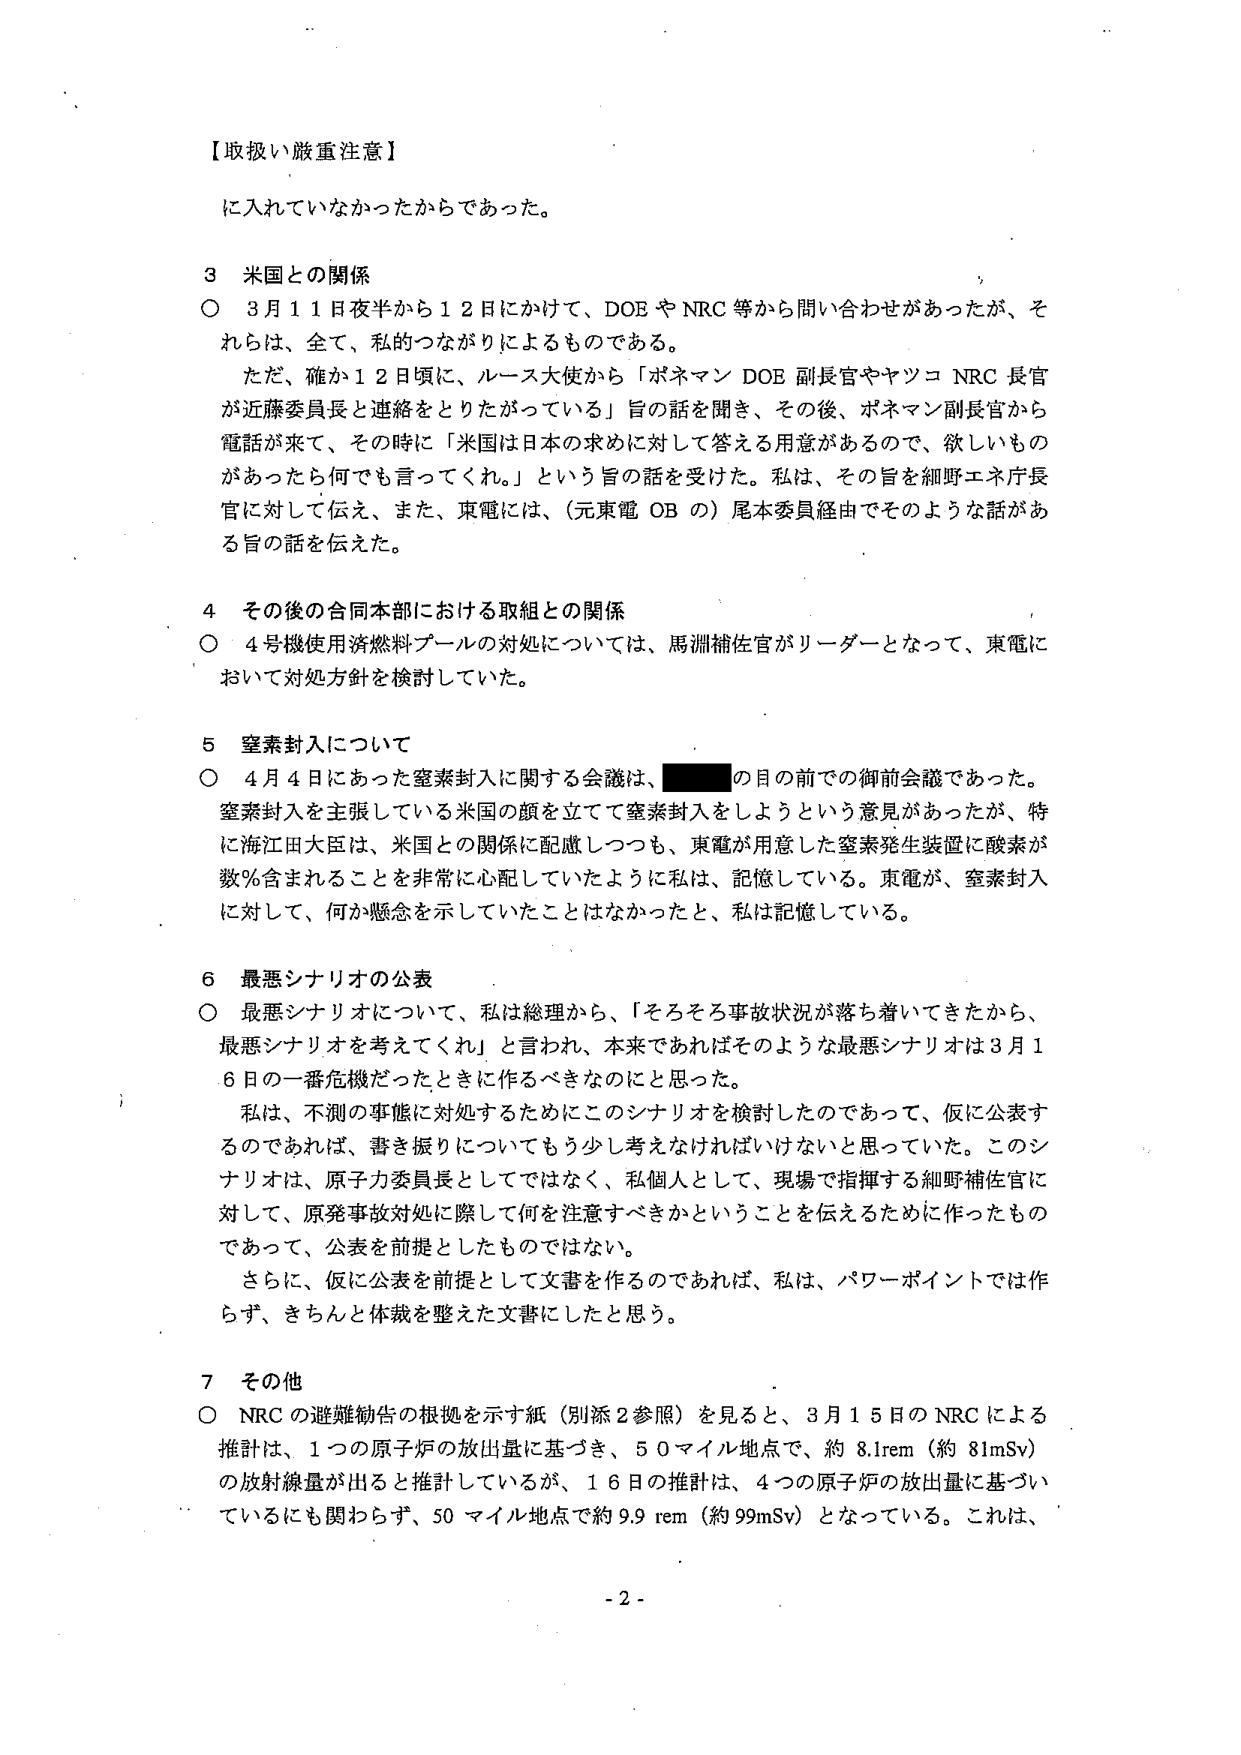
【取扱い厳重注意】

に入れていないかったからであった。

3 米国との関係
○ 3月11日夜半から12日にかけて、DOEやNRC等から問い合わせがあったが、それらは、全て、私的つながりによるものである。
　ただ、確か12日頃に、ルース大使から「ボネマン DOE 副長官やヤツコ NRC 長官が近藤委員長と連絡をとりたがっている」旨の話を聞き、その後、ボネマン副長官から電話が来て、その時に「米国は日本の求めに対して答える用意があるので、欲しいものがあったら何でも言ってくれ。」という旨の話を受けた。私は、その旨を細野エネ庁長官に対して伝え、また、東電には、（元東電 OB の）尾本委員経由でそのような話がある旨の話を伝えた。

4 その後の合同本部における取組との関係
○ 4号機使用済燃料プールの対処については、馬淵補佐官がリーダーとなって、東電において対処方針を検討していた。

5 窒素封入について
○ 4月4日にあった窒素封入に関する会議は、■■■の目の前での御前会議であった。窒素封入を主張している米国の顔を立てて窒素封入をしようという意見があったが、特に海江田大臣は、米国との関係に配慮しつつも、東電が用意した窒素発生装置に酸素が数％含まれることを非常に心配していたように私は、記憶している。東電が、窒素封入に対して、何か懸念を示していたことはなかったと、私は記憶している。

6 最悪シナリオの公表
○ 最悪シナリオについて、私は総理から、「そろそろ事故状況が落ち着いてきたから、最悪シナリオを考えてくれ」と言われ、本来であればそのような最悪シナリオは3月16日の一番危機だったときに作るべきなのと思った。
　私は、不測の事態に対処するためにこのシナリオを検討したのであって、仮に公表するのであれば、書き振りについてもう少し考えなければならないと思っていた。このシナリオは、原子力委員長としてではなく、私個人として、現場で指揮する細野補佐官に対して、原発事故対処に際して何を注意すべきかということを伝えるために作ったものであって、公表を前提としたものではない。
　さらに、仮に公表を前提として文書を作るのであれば、私は、パワーポイントでは作らず、きちんと体裁を整えた文書にしたと思う。

7 その他
○ NRCの避難勧告の根拠を示す紙（別添2参照）を見ると、3月15日のNRCによる推計は、1つの原子炉の放出量に基づき、50マイル地点で、約8.1rem（約81mSv）の放射線量が出ると推計しているが、16日の推計は、4つの原子炉の放出量に基づいているにも関わらず、50マイル地点で約9.9 rem（約99mSv）となっている。これは、

- 2 -